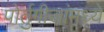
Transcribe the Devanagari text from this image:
पोर्तुगीजांमध्ये